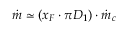
\dot { m } \simeq ( x _ { F } \cdot \pi D _ { 1 } ) \cdot \dot { m } _ { c }